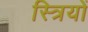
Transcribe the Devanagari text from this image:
स्त्रियों